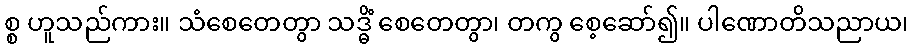
စ္စ ဟူသည်ကား။ သံစေတေတွာ သဒ္ဓိံ စေတေတွာ၊ တကွ စေ့ဆော်၍။ ပါဏောတိသညာယ၊